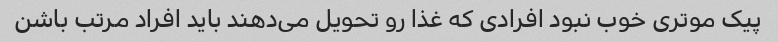
پیک موتری خوب نبود افرادی که غذا رو تحویل می‌دهند باید افراد مرتب باشن